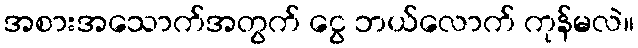
အစားအသောက်အတွက် ငွေ ဘယ်လောက် ကုန်မလဲ။